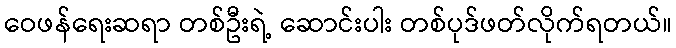
ဝေဖန်ရေးဆရာ တစ်ဦးရဲ့ ဆောင်းပါး တစ်ပုဒ်ဖတ်လိုက်ရတယ်။